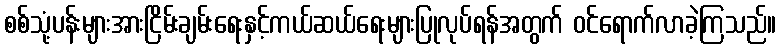
စစ်သုံ့ပန်းများအားငြိမ်းချမ်းရေးနှင့်ကယ်ဆယ်ရေးများပြုလုပ်ရန်အတွက် ဝင်ရောက်လာခဲ့ကြသည်။